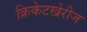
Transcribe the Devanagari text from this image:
क्रिकेटखेरीज